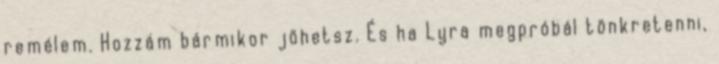
remélem. Hozzám bármikor jöhetsz. És ha Lyra megpróbál tönkretenni,